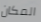
المكان